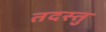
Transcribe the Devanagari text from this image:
तदस्तु